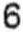
6